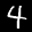
Label: 4